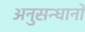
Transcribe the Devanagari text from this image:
अनुसन्धानो